Sketch of the medical history of the native army of Bombay, for the year
Year: 1870
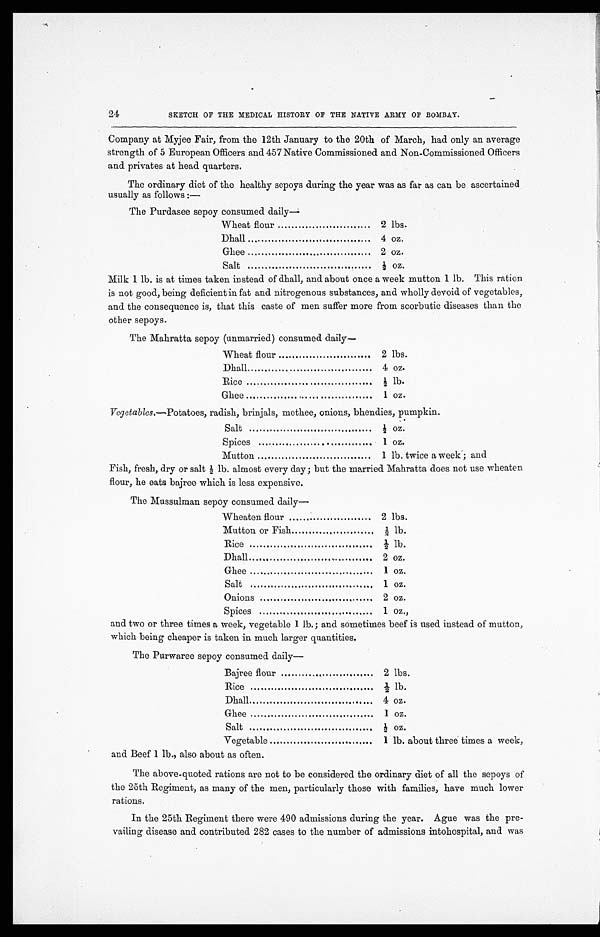
24
SKETCH OF THE MEDICAL HISTORY OF THE NATIVE ARMY OF BOMBAY.
Company at Myjee Fair, from the 12th January to the 20th of March, had only an average
strength of 5 European Officers and 457 Native Commissioned and Non-Commissioned Officers
and privates at head quarters.
The ordinary diet of the healthy sepoys during the year was as far as can be ascertained
usually as follows :
—
The Purdasee sepoy consumed daily—
Wheat flour ............................... 2 lbs.
Dhall ...............................
4 oz.
Ghee ...............................
2 oz.
Salt ...............................
½ oz.
Milk 1 lb. is at times taken instead of dhall, an about once a week mutton 1 lb. This ration
is not good, being deficient in fat and nitrogenous substances, and wholly devoid of vegetables,
and the consequence is, that this caste of men suffer more from scorbutic diseases than the
other sepoys.
The Mahratta sepoy (unmarried) consumed daily
Wheat flour ............................... 2 lbs.
Dhall ...............................
4 oz.
Rice ...............................
½ lb.
Ghee ...............................
1 oz.
Vegetables.—Potatoes, radish, brinjals, methee, onions, bhendies, pumpkin.
Salt ...............................
½ oz.
Spices ...............................
1 oz.
Mutton ...............................
1 lb. twice a week ; and
Fish, fresh, dry or salt ½ lb. almost every day; but the married Mahratta does not use wheaten
flour, he eats bajree which is less expensive.
The Mussulman sepoy consumed daily—
Wheaten flour ............................... 2 lbs.
Mutton or Fish ............................... ½ lb.
Rice ...............................
½ lb. °D
hall ...............................
2 oz.
Ghee ...............................
1 oz.
Salt ...............................
1 oz.
Onions ...............................
2 oz.
Spices ...............................
1 oz.,
and two or three times a week, vegetable 1 lb.; and sometimes beef is used instead of mutton,
which being cheaper is taken in much larger quantities.
The Purwaree sepoy consumed daily—
Bajree flour ............................... 2 lbs.
Rice ...............................
½ lb.
Dhall ...............................
4 oz.
Ghee ...............................
1 oz.
Salt ...............................
½ oz.
Vegetable ............................... 1 lb. about three times a week,
and Beef 1 lb., also about as often.
The above-quoted rations are not to be considered the ordinary diet of all the sepoys of
the nth Regiment, as many of the men, particularly those with families, have much lower
rations.
In the 25th Regiment there were 490 admissions during the year. Mae was the pre
- v a i l i n g d i s e a s e a n d c o n t r i b u t e d 2 8 2 c a s e s t o t h e n u m b e r o f a d m i s s i o n s i n t o h o s p i t a l , a n d w a s